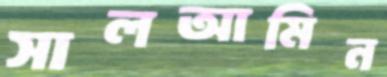
সালআমিন